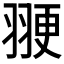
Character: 𫅩